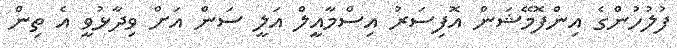
ފުލުހުންގެ އިންފޮމޭޝަން އޮފިސަރު އިސްމާއީލް އަލީ ސަން އަށް ވިދާޅުވީ އެ ތިން